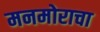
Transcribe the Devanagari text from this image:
मनमोराचा